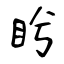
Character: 盻